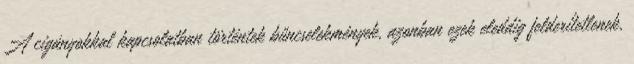
A cigányokkal kapcsolatban történtek bűncselekmények, azonban ezek eleddig felderítetlenek,